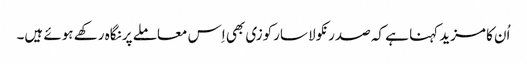
اُن کا مزید کہنا ہے کہ صدر نکولا سارکوزی بھی اِس معاملے پر نگاہ رکھے ہوئے ہیں۔